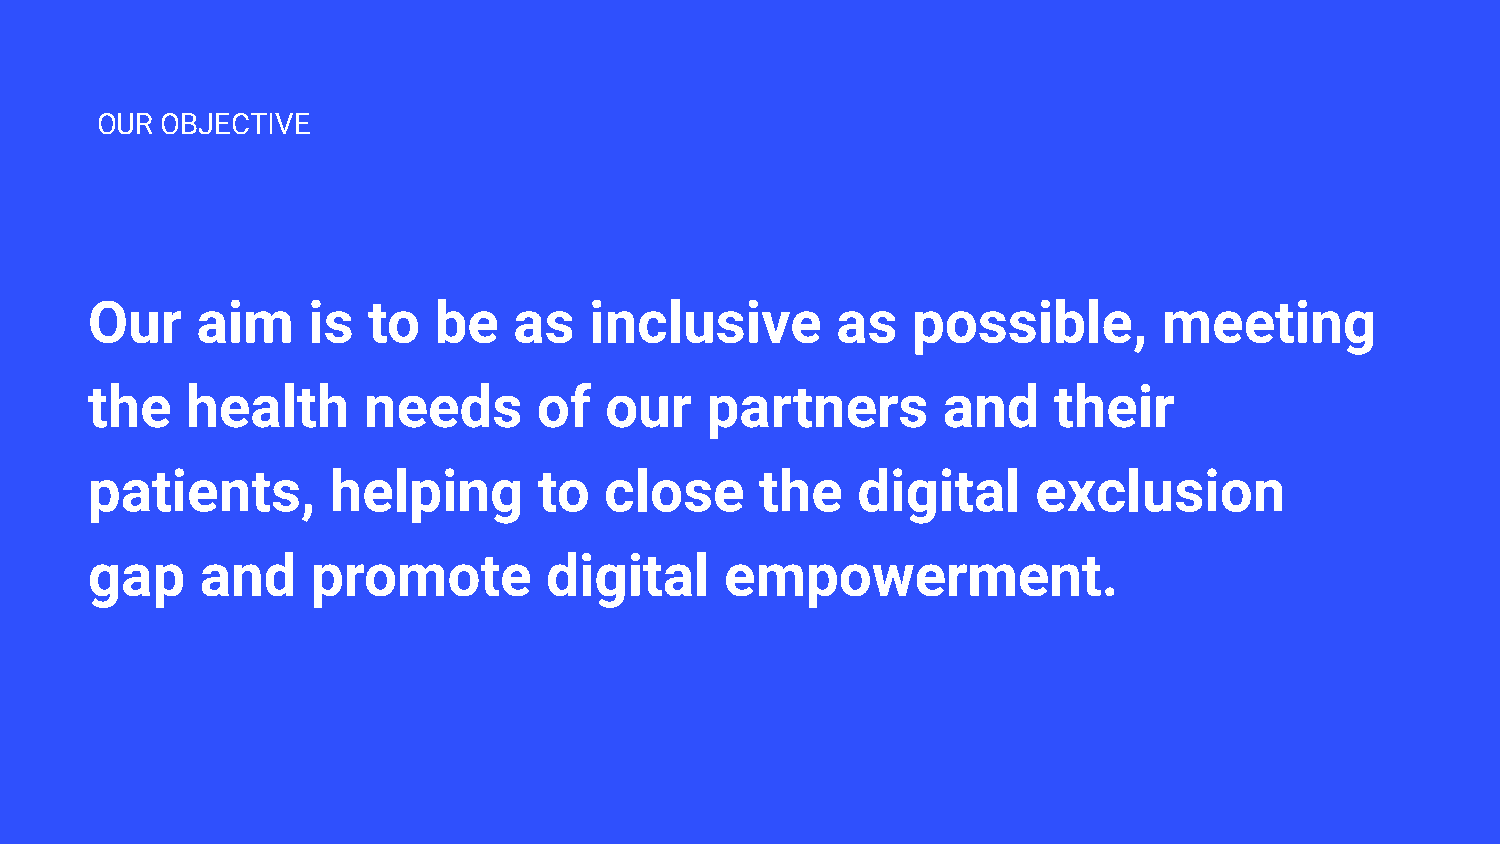
OUR  OBJECTIVE
 Our    aim    is  to   be   as   inclusive       as   possible,        meeting
 the   health      needs       of  our    partners       and     their
 patients,       helping       to  close     the    digital     exclusion
 gap    and     promote        digital     empowerment.